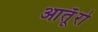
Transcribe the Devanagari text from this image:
आतूॅरो